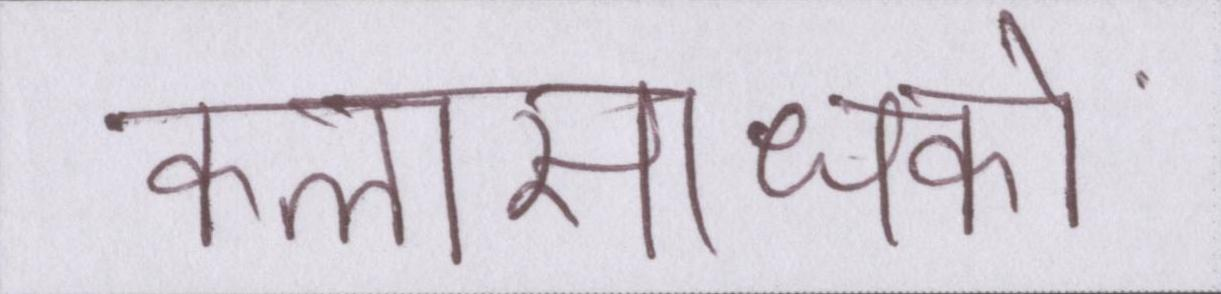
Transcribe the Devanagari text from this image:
कलासाधकों